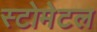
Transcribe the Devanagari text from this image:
स्टोमेटल